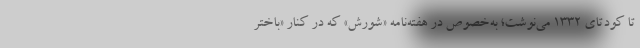
تا کودتای ۱۳۳۲ می‌نوشت؛ به‌خصوص در هفته‌نامه «شورش» که در کنار «باختر